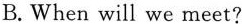
B. When will we meet?